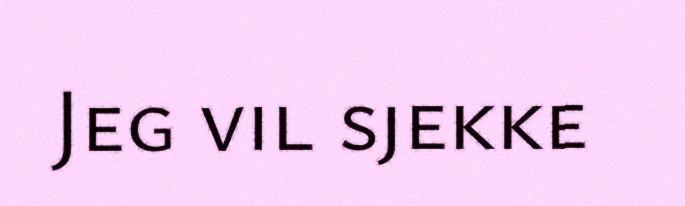
Jeg vil sjekke